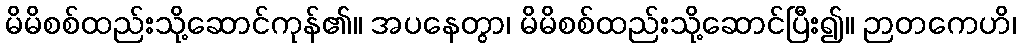
မိမိစစ်ထည်းသို့ဆောင်ကုန်၏။ အပနေတွာ၊ မိမိစစ်ထည်းသို့ဆောင်ပြီး၍။ ဉာတကေဟိ၊